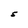
Character: S